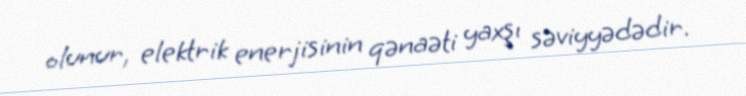
olunur, elektrik enerjisinin qənaəti yaxşı səviyyədədir.